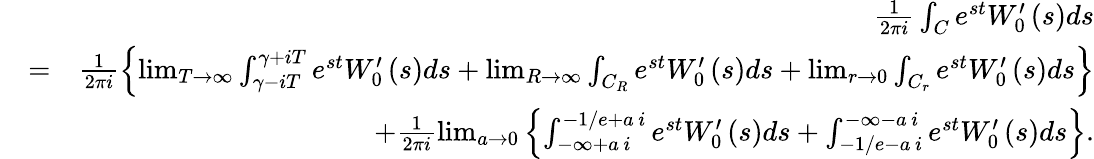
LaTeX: \begin{array}{rlr}&{}&{\frac{1}{2\pi i}\int_{C}e^{st}W_{0}^{\prime}\left(s\right)ds}\\ &{=}&{\frac{1}{2\pi i}\left\{ \operatorname*{lim}_{T\rightarrow\infty}\int_{\gamma-iT}^{\gamma+iT}e^{st}W_{0}^{\prime}\left(s\right)ds+\operatorname*{lim}_{R\rightarrow\infty}\int_{C_{R}}e^{st}W_{0}^{\prime}\left(s\right)ds+\operatorname*{lim}_{r\rightarrow 0}\int_{C_{r}}e^{st}W_{0}^{\prime}\left(s\right)ds\right\} }\\ &{}&{+\frac{1}{2\pi i}\operatorname*{lim}_{a\rightarrow 0}\left\{ \int_{-\infty+a\, i}^{-1/e+a\, i}e^{st}W_{0}^{\prime}\left(s\right)ds+\int_{-1/e-a\, i}^{-\infty-a\, i}e^{st}W_{0}^{\prime}\left(s\right)ds\right\} .}\end{array}